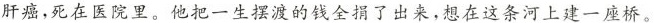
肝癌，死在医院里。他把一生摆渡的钱全捐了出来，想在这条河上建一座桥。